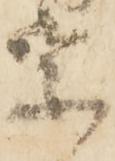
宗